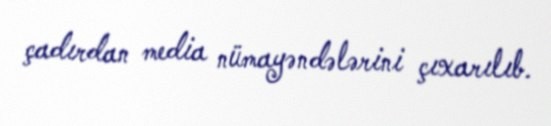
çadırdan media nümayəndələrini çıxarılıb.